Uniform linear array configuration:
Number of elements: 24
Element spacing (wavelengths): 0.25
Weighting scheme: cosine
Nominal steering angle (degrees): -60
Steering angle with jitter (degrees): -61.267
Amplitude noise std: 0.05
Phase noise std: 0.05

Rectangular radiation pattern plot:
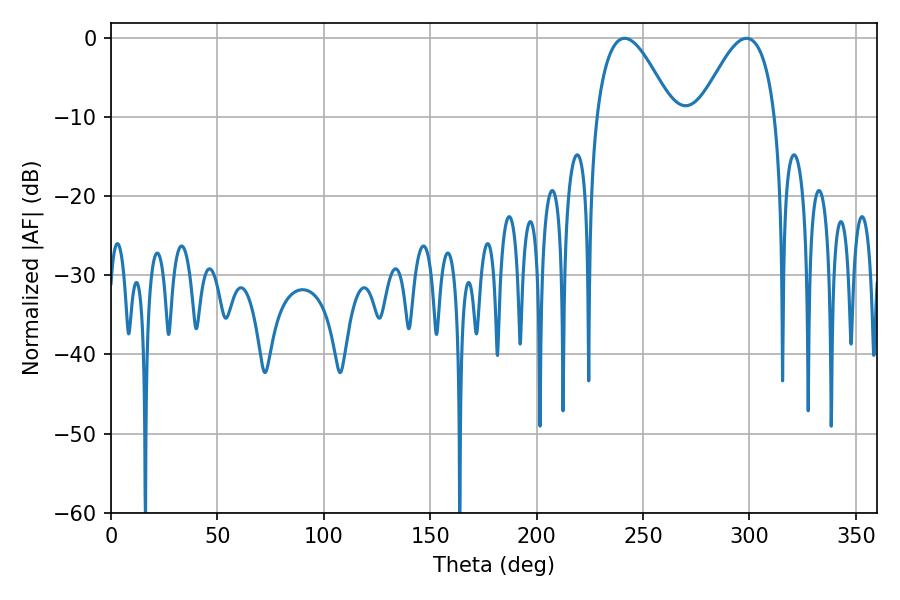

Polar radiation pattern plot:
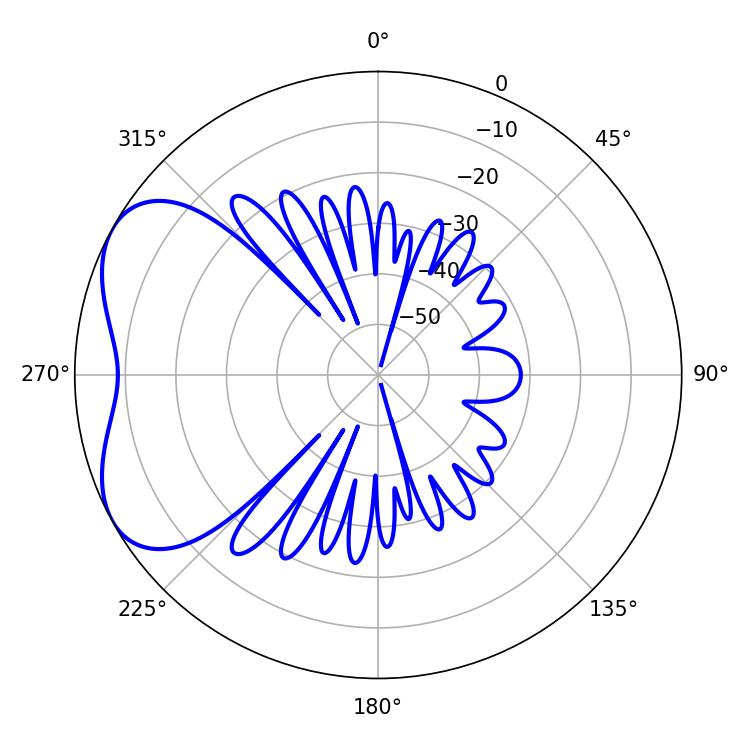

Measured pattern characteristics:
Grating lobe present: FALSE
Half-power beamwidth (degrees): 19.44
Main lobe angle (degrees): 241.38